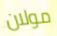
مولان